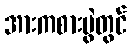
အားကစားပွဲတွင်